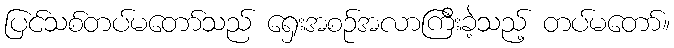
ပြင်သစ်တပ်မတော်သည် ရှေးအစဉ်အလာကြီးခဲ့သည့် တပ်မတော်။